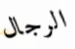
الرجال